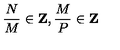
{ \frac { N } { M } } \in { \bf Z } , { \frac { M } { P } } \in { \bf Z }